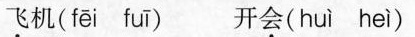
飞机( fēi fuī ) 开会( huì heì )